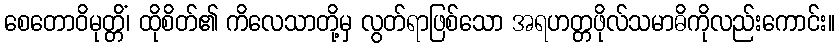
စေတောဝိမုတ္တိံ၊ ထိုစိတ်၏ ကိလေသာတို့မှ လွတ်ရာဖြစ်သော အရဟတ္တဖိုလ်သမာဓိကိုလည်းကောင်း။